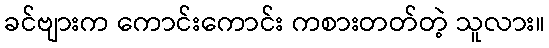
ခင်ဗျားက ကောင်းကောင်း ကစားတတ်တဲ့ သူလား။